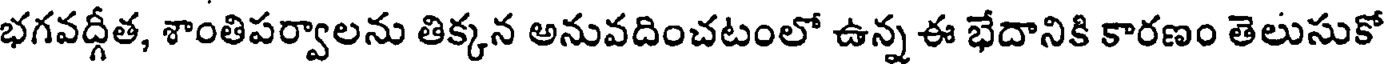
భగవద్గీత, శాంతిపర్వాలను తిక్కన అనువదించటంలో ఉన్న ఈ భేదానికి కారణం తెలుసుకో